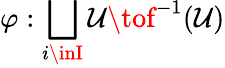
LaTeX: \varphi:\bigsqcup_{i\inI}\mathcal{U}\tof^{-1}(\mathcal{U})